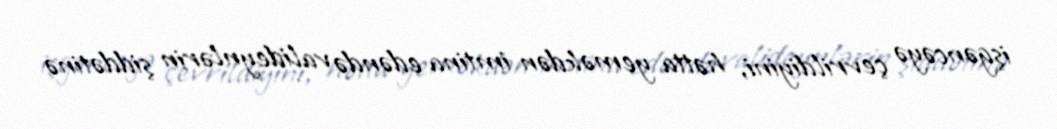
işgəncəyə çevrildiyini, hətta yeməkdən imtina edəndə valideynlərin şiddətinə